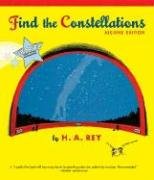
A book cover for Find the Constellations; H. A. Rey; Children's Books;